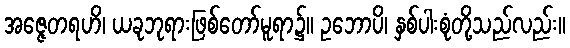
အဇ္ဇေတရဟိ၊ ယခုဘုရားဖြစ်တော်မူရာ၌။ ဥဘောပိ၊ နှစ်ပါးစုံတို့သည်လည်း။